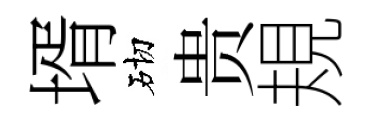
壻砌贵規